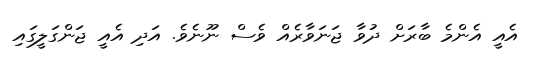
އެއީ އެންމެ ބާރަށް ދުވާ ޖަނަވާރެއް ވެސް ނޫނެވެ. އަދި އެއީ ޖަންގަލީގައި